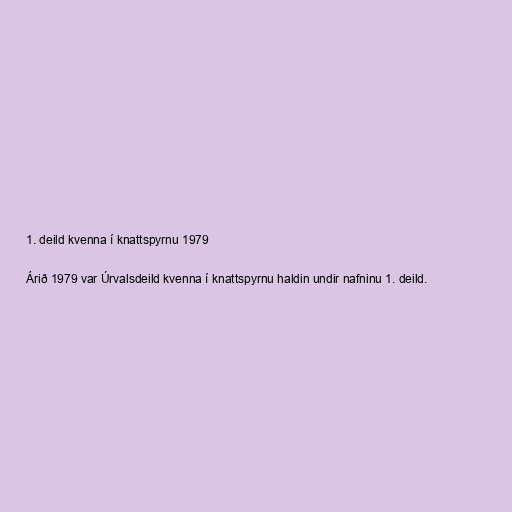
1. deild kvenna í knattspyrnu 1979

Árið 1979 var Úrvalsdeild kvenna í knattspyrnu haldin undir nafninu 1. deild.